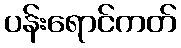
ပန်းရောင်ကတ်